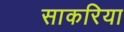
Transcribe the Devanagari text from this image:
साकरिया